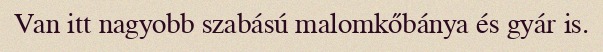
Van itt nagyobb szabású malomkőbánya és gyár is.